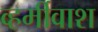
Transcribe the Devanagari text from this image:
व्हर्मीवाश